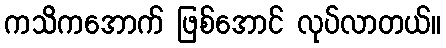
ကသိကအောက် ဖြစ်အောင် လုပ်လာတယ်။